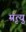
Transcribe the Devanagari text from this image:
म्रृत्यु